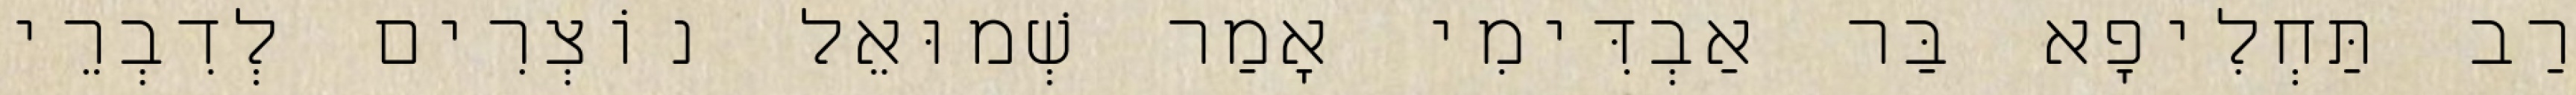
רַב תַּחְלִיפָא בַּר אַבְדִּימִי אָמַר שְׁמוּאֵל נוֹצְרִים לְדִבְרֵי